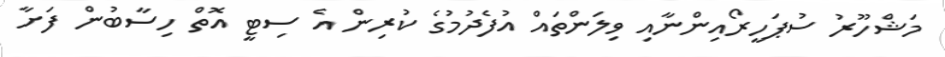
މަޝްހޫރު ސުޕަހީރޯއިންނާއި ވިލަންތައް އުފެދުމުގެ ކުރިން އެ ސިޓީ އޮތް ހިސާބުން ފަށާ